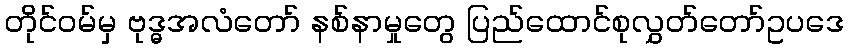
တိုင်ဝမ်မှ ဗုဒ္ဓအလံတော် နစ်နာမှုတွေ ပြည်ထောင်စုလွှတ်တော်ဥပဒေ